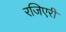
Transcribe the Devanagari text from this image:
रजिएरी